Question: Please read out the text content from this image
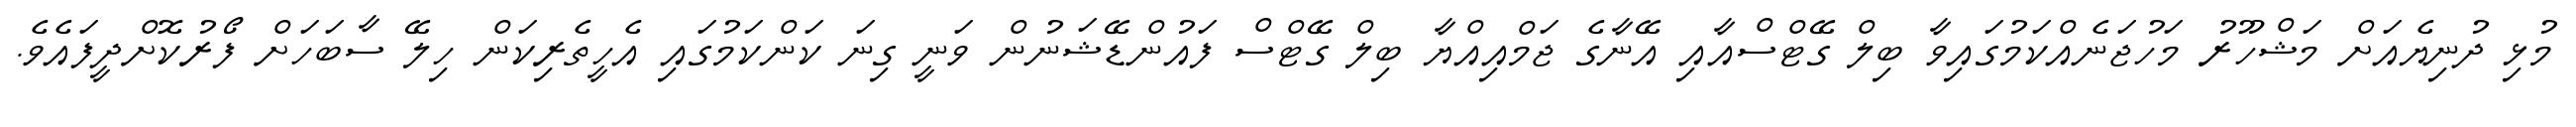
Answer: މުޅި ދުނިޔެއަށް މަޝްހޫރު މަހުޖަނެއްކަމުގައިވާ ބިލް ގޭޓްސްއާއި އޭނާގެ ޖަމްއިއްޔާ ބިލް ގޭޓްސް ފައުންޑޭޝަނުން ވަނީ ގިނަ ކަންކަމުގައި އެހީތެރިކަން ހިލޭ ސާބަހަށް ފޯރުކޮށްދީފައެވެ.